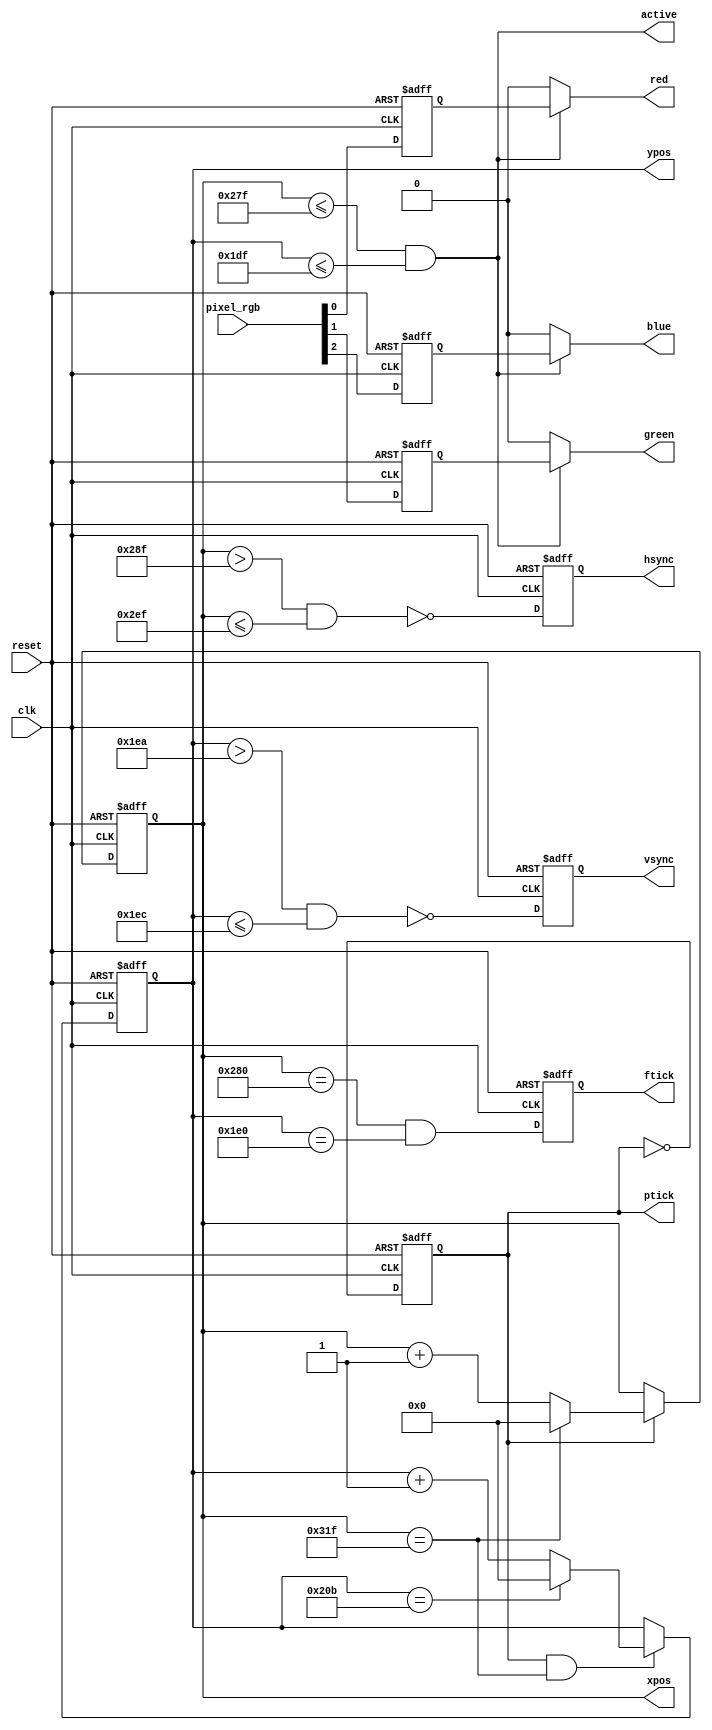
// VGA generator (640 x 480 / 60 Hz / 8 color)

// Laurent Haas - F6FVY
// Sept 2018

/*
	Warning : This code uses a 50 MHz mater clock,
	which generates a 25 MHz pixel clock,
	slightly out of spec (25.125 MHz).

	Modern monitors handle this difference, but YMMV.
*/

module vga(
	input						clk,										// 50 MHz / 20 ns
	input						reset,
	input	[2:0]				pixel_rgb,								// Current pixel RGB data to be displayed

	output					hsync, vsync,							// VGA sync signals
	output					red, green, blue,						// VGA RGB data
	output					active,									// Active when pixel inside the 640 x 480 area
	output					ptick,									// Pixel clock (25 MHz - all signals are stable on front edge)
	output [9:0]			xpos, ypos,								// Current pixel position
	output					ftick										// Frame clock (60 Hz - all signals are stable on front edge)
);

// VGA 640 x 480 parameters

// Horizontal parameters expressed in pixels
// Vertical parameters expressed in lines

// Source : https://timetoexplore.net/blog/arty-fpga-vga-verilog-01

	localparam
	HPIXELS = 640,
	HA = HPIXELS - 1,									// Hor. active area (0 to 639 = 640 pixels)
	HFP = HA + 16,										// Hor. front porch end position
	HSYNC = HFP + 96,									// Hor. sync end position
	HBP = HSYNC + 48,									// Hor. back porch end position
	
	VPIXELS = 480,
	VA = VPIXELS - 1,									// Vert. active area (0 to 479 = 480 pixels)
	VFP = VA + 11,										// Vert. front porch end position
	VSYNC = VFP + 2,									// Vert. sync end position
	VBP = VSYNC + 31;									// Vert. back porch end position

	// Instead of creating a separate 25-MHz clock domain and violating
	// the "synchronous design methodology", we generate a 25-MHz enable tick
	// to enable or pause the counting.
	
	// The tick is also routed to the p_tick port as an output signal
	// to coordinate operation of the pixel generation circuit.
	
	// Mod-2 counter

	reg		mod2_r;
	wire		mod2_next;
	wire		ptick_w;
	
	// Sync counters

	reg  [9:0]	hcount, hcount_next;
	reg  [9:0]	vcount, vcount_next;
	
	// Sync output buffers
	
	// To remove potential glitches, output buffers are inserted for the hsync and vsync signals. This leads 
	// to a one-clock-cycle delay. We also add a similar buffer for the rgb signal in the pixel 
	// generation circuit to compensate for the delay.
	
	reg			vsync_r, hsync_r;
	wire			vsync_next, hsync_next;
	
	// RGB signal buffer
	
	reg			red_r, green_r, blue_r;

	// Frame output buffered
	
	reg			ftick_r;
	wire			ftick_next;
	
	// Status signals

	wire			h_end, v_end;

	// Body
	
	// Registers

always @ (posedge clk or posedge reset) begin
	if  (reset) begin
		mod2_r <= 1'b0;
		
		vcount <= 0;
		hcount <= 0;
		
		vsync_r <= 1'b0;
		hsync_r <= 1'b0;
		
		red_r <= 1'b0;
		green_r <= 1'b0;
		blue_r <= 1'b0;
		
		ftick_r <= 1'b0;
	end
	else begin
		mod2_r <= mod2_next;
		
		vcount <= vcount_next;
		hcount <= hcount_next;
		
		vsync_r <= vsync_next;
		hsync_r <= hsync_next;
		
		red_r <= pixel_rgb[0];
		green_r <= pixel_rgb[1];
		blue_r <= pixel_rgb[2];
		
		ftick_r <= ftick_next;
	end
end

	// Mod-2 circuit to generate the 25 MHz tick
	
	assign mod2_next = ~mod2_r;
	assign ptick_w = mod2_r;

	// Status  signals

	// End of horizontal line counter (799)

	assign h_end = (hcount == HBP);

	// End of vertical (524)

	assign v_end = (vcount == VBP);

	// Next-state logic of mod-800 horizontal sync counter

	always @(*) begin
		if  (ptick_w)  // 25 MHz pixel tick
			if (h_end)	// End of line ?
				hcount_next = 0;
			else
				hcount_next = hcount + 10'd1;
		else
			hcount_next = hcount;
	end

	// Next-state logic of mod-525 vertical sync counter

	always @(*) begin
		if (ptick_w & h_end)	// 25 MHz pixel tick and end of line
			if (v_end)	// End of screen ?
				vcount_next = 0;
			else
				vcount_next = vcount + 10'd1;
		else
			vcount_next = vcount;
	end

	// Horizontal and vertical sync, and f_tick, buffered to avoid glitches
	
	// hsync_next reset between 656 and 752
	
	assign	hsync_next = ~((hcount > HFP) && (hcount <= HSYNC));

	// vsync_next reset between 491 and 493
	
	assign	vsync_next = ~((vcount > VFP) && (vcount <= VSYNC));
	
	// f_tick_next set when the current position enters the blanking area
	
	assign	ftick_next = (hcount == HPIXELS) && (vcount == VPIXELS);

	// active when the current position is inside the visible area
	
	assign	active = (hcount <= HA) && (vcount <= VA);

	// Outputs

	assign	hsync = hsync_r;
	assign	vsync = vsync_r;
	assign	xpos = hcount;
	assign	ypos = vcount;
	assign	ptick = ptick_w;
	assign	ftick = ftick_r;

	assign	red = active ? red_r : 1'b0;
	assign	green = active ? green_r : 1'b0;
	assign	blue = active ? blue_r : 1'b0;
endmodule